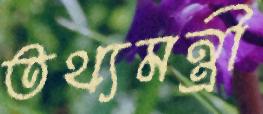
তথ্যমন্ত্রী